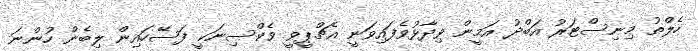
ހެލްތު މިނިސްޓަރު އަބްދު އަމީން ވިދާޅުވެފައިވަނީ އެޗްޕީވީ ވެކްސިނަކީ ފަސޭހައިން ލިބެން ހުންނަ